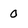
Character: 0